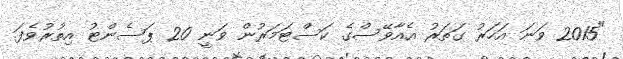
"2015 ވަނަ އަހަރު ގަތަރު އެއާވޭސްގެ ކަސްޓަމަރުން ވަނީ 20 ޕަސެންޓު އިތުރުވެފަ.